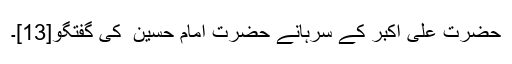
حضرت علی اکبر کے سرہانے حضرت امام حسین ؑ کی گفتگو[13]۔